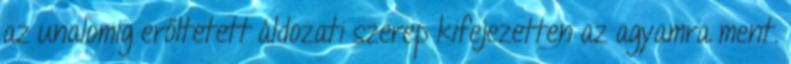
az unalomig erőltetett áldozati szerep kifejezetten az agyamra ment.